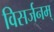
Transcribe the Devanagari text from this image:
विसर्जनम्